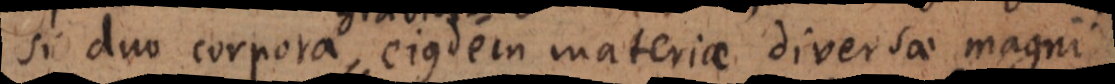
si duo corpora ejusdem materiae diversae magni